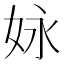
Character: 𡛻